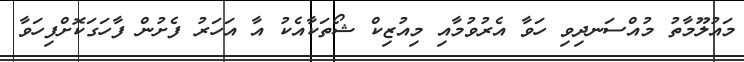
މައުލޫމާތު މުއްސަނދިވި ހަވާ އެރުވުމާއި މިއުޒިކް ޝޯތަކާއެކު އާ އަހަރު ފެށުން ފާހަގަކޮށްފިހަވާ